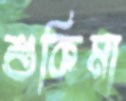
শুকিমা